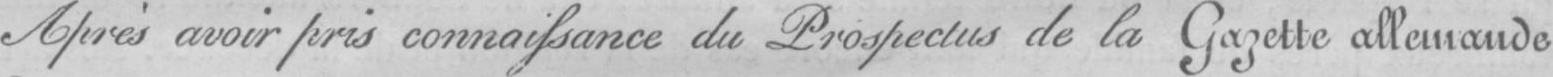
Après avoir pris connaissance du Prospectus de la Gazette allemande